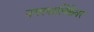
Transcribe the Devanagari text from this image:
नगरपालिकेवर